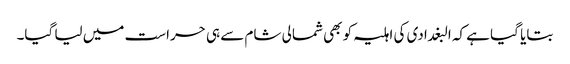
بتایا گیا ہے کہ البغدادی کی اہلیہ کو بھی شمالی شام سے ہی حراست میں لیا گیا۔